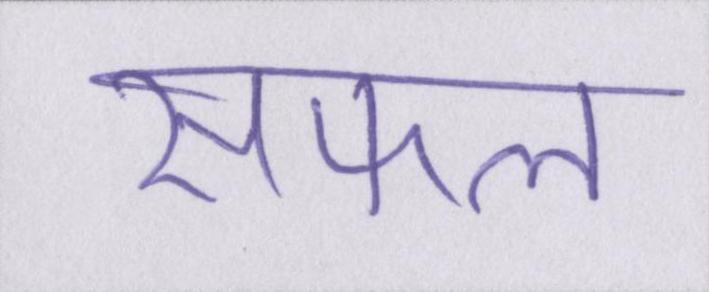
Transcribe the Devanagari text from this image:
सफल